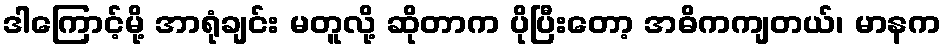
ဒါကြောင့်မို့ အာရုံချင်း မတူလို့ ဆိုတာက ပိုပြီးတော့ အဓိကကျတယ်၊ မာနက